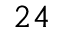
^ { 2 4 }